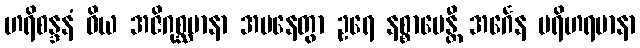
ဟရိစန္ဒနံ ဝိယ အဇိဂုစ္ဆမာနာ အပနေတွာ ဥရေ နစ္စာပေန္တီ အင်္ဂေန ပရိဟရမာနာ